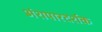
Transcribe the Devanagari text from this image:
अंशपारदर्शक